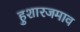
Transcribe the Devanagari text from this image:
हुशारजमाव